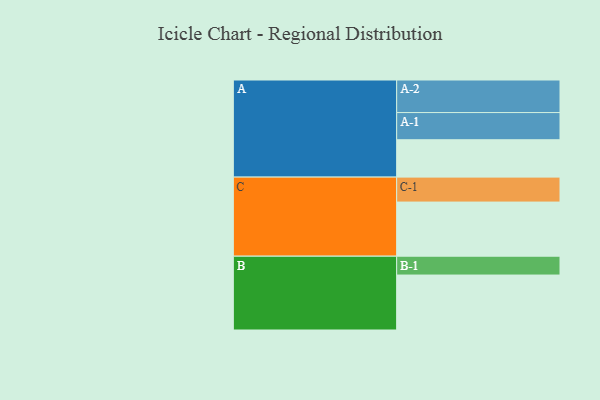
{"axis": {"x": "Segment", "y": "Value"}, "legend": ["", "A", "B", "C"], "data": [{"x": "A", "y": 319, "type": ""}, {"x": "B", "y": 469, "type": ""}, {"x": "C", "y": 462, "type": ""}, {"x": "A-1", "y": 232, "type": "A"}, {"x": "A-2", "y": 278, "type": "A"}, {"x": "B-1", "y": 161, "type": "B"}, {"x": "C-1", "y": 213, "type": "C"}]}